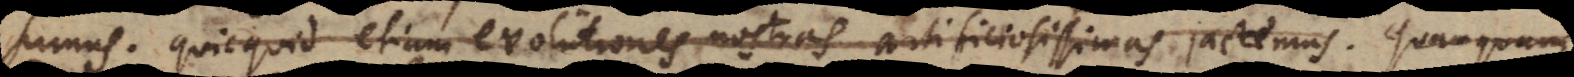
sumus (1); quicquid etiam evolutiones nostras artificiosissimas jactemus. Quanquam